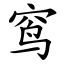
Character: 窎